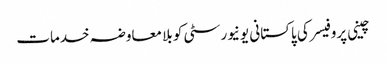
چینی پروفیسر کی پاکستانی یونیورسٹی کو بلا معاوضہ خدمات